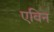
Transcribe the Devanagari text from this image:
एविन